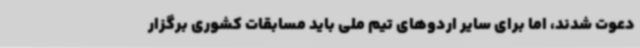
دعوت شدند، اما برای سایر اردوهای تیم ملی باید مسابقات کشوری برگزار